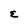
Character: E